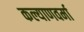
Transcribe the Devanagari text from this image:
कल्याणवर्मा